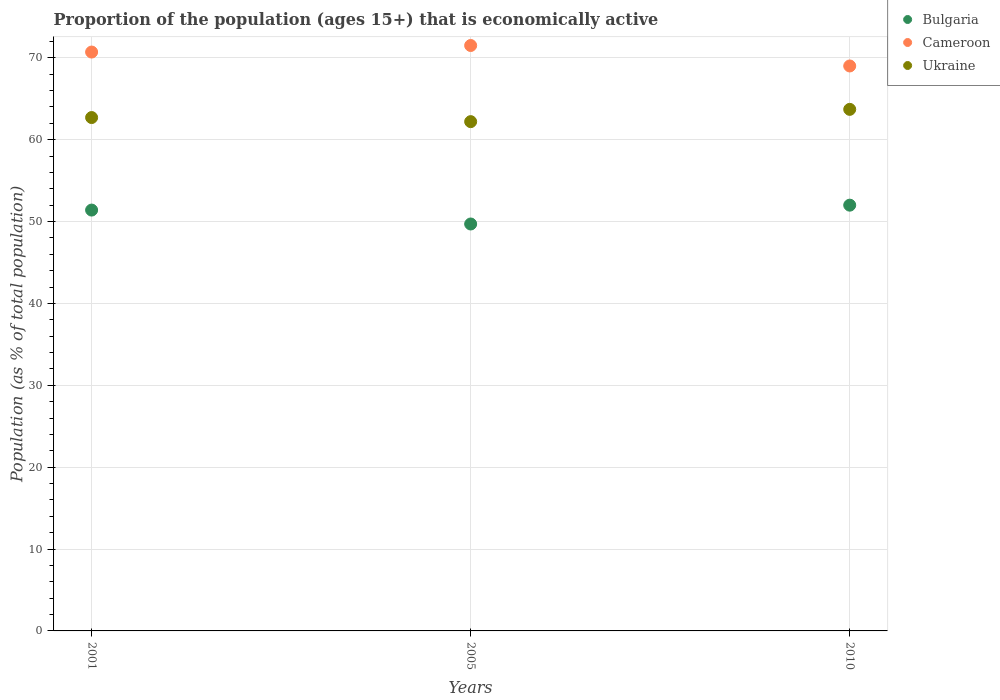
| Years | Bulgaria | Cameroon | Ukraine |
 | --- | --- | --- | --- |
 | 2001 | 51.4 | 70.7 | 62.7 |
 | 2005 | 49.7 | 71.5 | 62.2 |
 | 2010 | 52 | 69 | 63.7 |